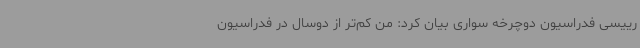
رییسی فدراسیون دوچرخه سواری بیان کرد: من کم‌تر از دوسال در فدراسیون